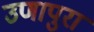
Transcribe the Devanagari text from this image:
उणापुरा